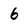
Character: 6